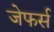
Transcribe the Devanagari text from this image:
जेफर्स